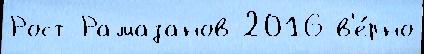
Рост Рамазанов 2016 в'е́рно